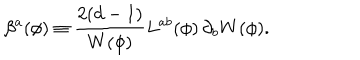
\beta ^ { a } ( \phi ) \equiv { \frac { 2 ( d - 1 ) } { W ( \phi ) } } L ^ { a b } ( \phi ) \, \partial _ { b } W ( \phi ) .